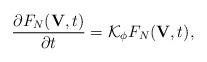
LaTeX: \begin{align*}\frac{\partial F_N(\textbf{V},t) }{\partial t}=\mathcal{K}_{\phi} F_N(\textbf{V},t),\end{align*}